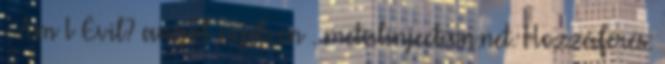
- Am I Evil? angol nyelven . metalinjection.net. Hozzáférés: